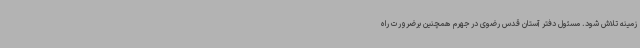
زمینه تلاش شود. مسئول دفتر آستان قدس رضوی در جهرم همچنین برضرورت راه